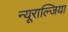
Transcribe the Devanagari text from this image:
न्यूराल्जिया